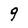
Character: 9